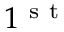
1 ^ { \mathrm { ~ s ~ t ~ } }